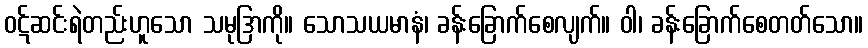
ဝဋ်ဆင်းရဲတည်းဟူသော သမုဒြာကို။ သောသယမာနံ၊ ခန်းခြောက်စေလျက်။ ဝါ၊ ခန်းခြောက်စေတတ်သော။